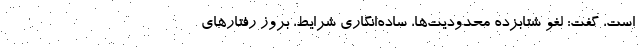
است، گفت: لغو شتابزده محدودیت‌ها، ساده‌انگاری شرایط، بروز رفتارهای